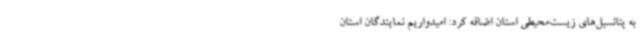
به پتانسیل‌های زیست‌محیطی استان اضافه کرد: امیدواریم نمایندگان استان